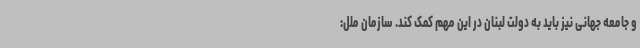
و جامعه جهانی نیز باید به دولت لبنان در این مهم کمک کند. سازمان ملل: